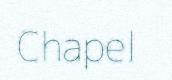
Chapel